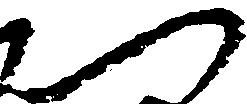
へ